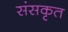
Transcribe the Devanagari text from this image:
संसकृत